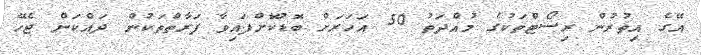
އޭގެ އިތުރުން ރިސޯޓްތަކުގެ މުއްދަތު 50 އަހަރަށް ބޮޑުކޮށްފައިވާ ފަރާތްތަކުން ދައްކަން ޖެހޭ